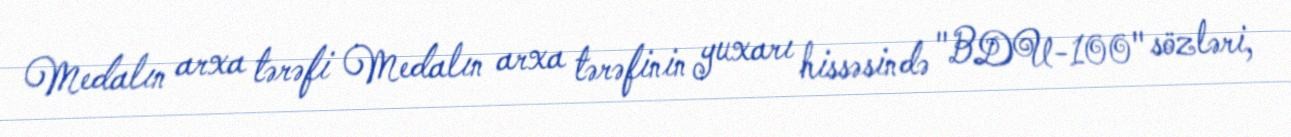
Medalın arxa tərəfi Medalın arxa tərəfinin yuxarı hissəsində "BDU-100" sözləri,